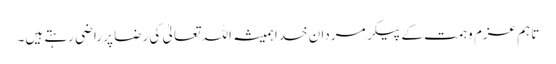
تاہم عزم و ہمت کے پیکر مردانِ خدا ہمیشہ اللہ تعالیٰ کی رضا پر راضی رہتے ہیں۔